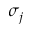
\sigma _ { j }